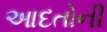
આદતોની